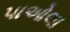
પાઓલા